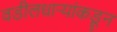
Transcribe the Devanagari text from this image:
वडीलधाऱ्यांकडून